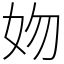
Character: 𡛁